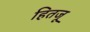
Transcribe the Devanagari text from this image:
हितजू